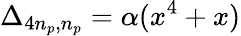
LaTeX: \Delta_{4n_{p},n_{p}}=\alpha(x^{4}+x)